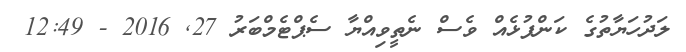
ލަދުހަޔާތުގެ ކަންފުޅެއް ވެސް ނެތީވިއްޔާ ސެޕްޓެމްބަރު 27